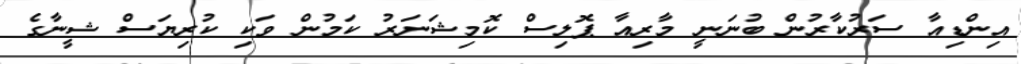
އިންޑިއާ ސަރުކާރުން ބުނަނީ މާރިއާ ޕޮލިސް ކޮމިޝަނަރު ކަމުން ވަކި ކުރިޔަސް ޝީނާގެ